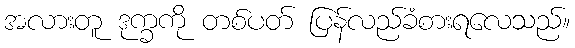
အလားတူ ဒုက္ခကို တစ်ပတ် ပြန်လည်ခံစားရလေသည်။